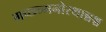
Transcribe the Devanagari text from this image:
गच्छन्मनोरथान्नश्च